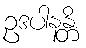
ဥဒပါနန္တိ